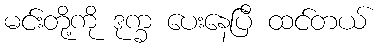
မင်းတို့ကို ဒုက္ခ ပေးနေပြီ ထင်တယ်